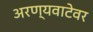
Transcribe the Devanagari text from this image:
अरण्यवाटेवर